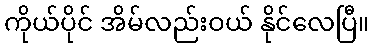
ကိုယ်ပိုင် အိမ်လည်းဝယ် နိုင်လေပြီ။